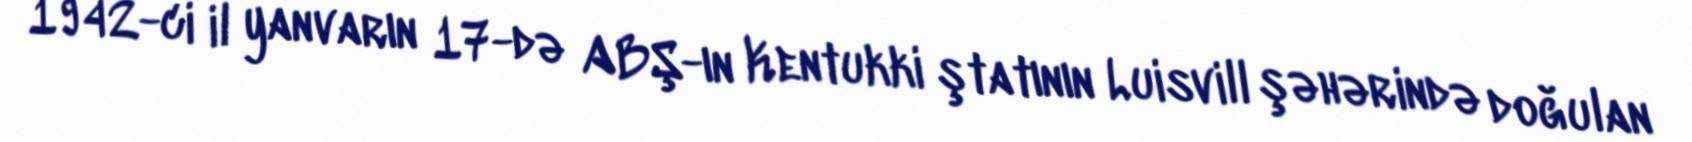
1942-ci il yanvarın 17-də ABŞ-ın Kentukki ştatının Luisvill şəhərində doğulan